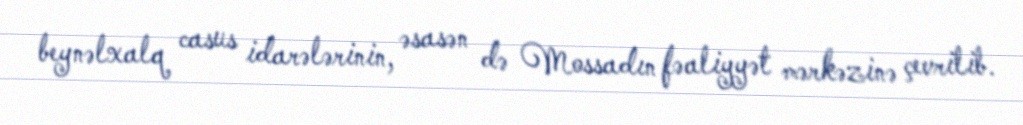
beynəlxalq casus idarələrinin, əsasən də Mossadın fəaliyyət mərkəzinə çevrilib.